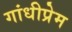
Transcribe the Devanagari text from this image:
गांधीप्रेम